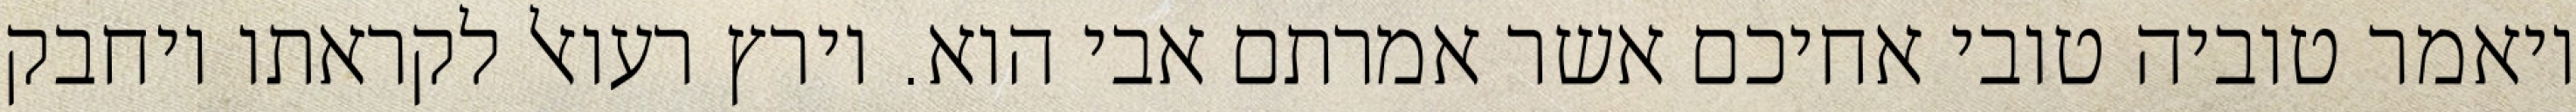
ויאמר טוביה טובי אחיכם אשר אמרתם אבי הוא. וירץ רעואל לקראתו ויחבק